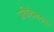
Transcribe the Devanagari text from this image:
प्रतिहिमायक